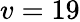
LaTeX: v=19